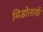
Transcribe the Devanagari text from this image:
मिडोलार्क